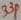
Text: 33P